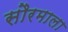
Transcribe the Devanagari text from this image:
सौरमाला